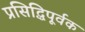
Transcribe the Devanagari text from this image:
प्रसिद्धिपूर्वक